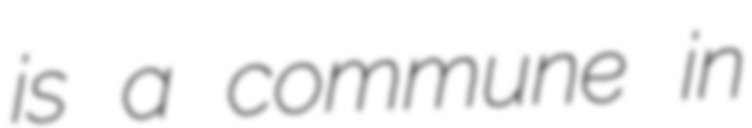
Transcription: is a commune in